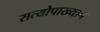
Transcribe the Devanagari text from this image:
सत्योपाख्यान